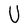
Character: U